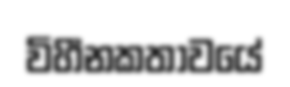
විහීනකතාවයේ